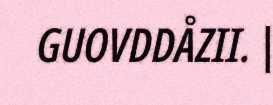
GUOVDDÅZII. |